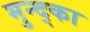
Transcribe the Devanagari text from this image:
मुन्द्का